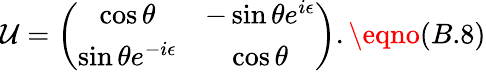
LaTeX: \mathcal{U}=\left(\begin{array}{cc}{{\cos{\theta}}}&{{-\sin{\theta}e^{i{\epsilon}}}}\\ {{\sin{\theta}e^{-i{\epsilon}}}}&{{\cos{\theta}}}\end{array}\right).\eqno(B.8)